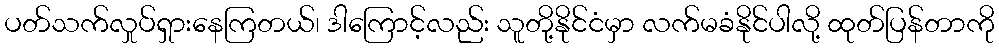
ပတ်သက်လှုပ်ရှားနေကြတယ်၊ ဒါကြောင့်လည်း သူတို့နိုင်ငံမှာ လက်မခံနိုင်ပါလို့ ထုတ်ပြန်တာကို